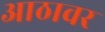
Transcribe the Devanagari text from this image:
आठावर